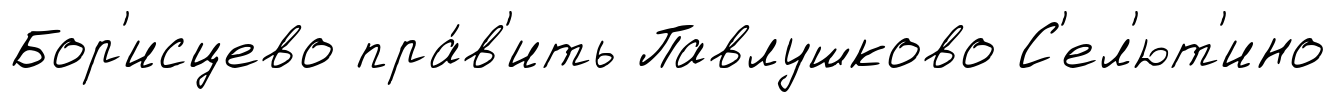
Бор'исцево пра́в'ить Павлушково С'ел'ют'ино